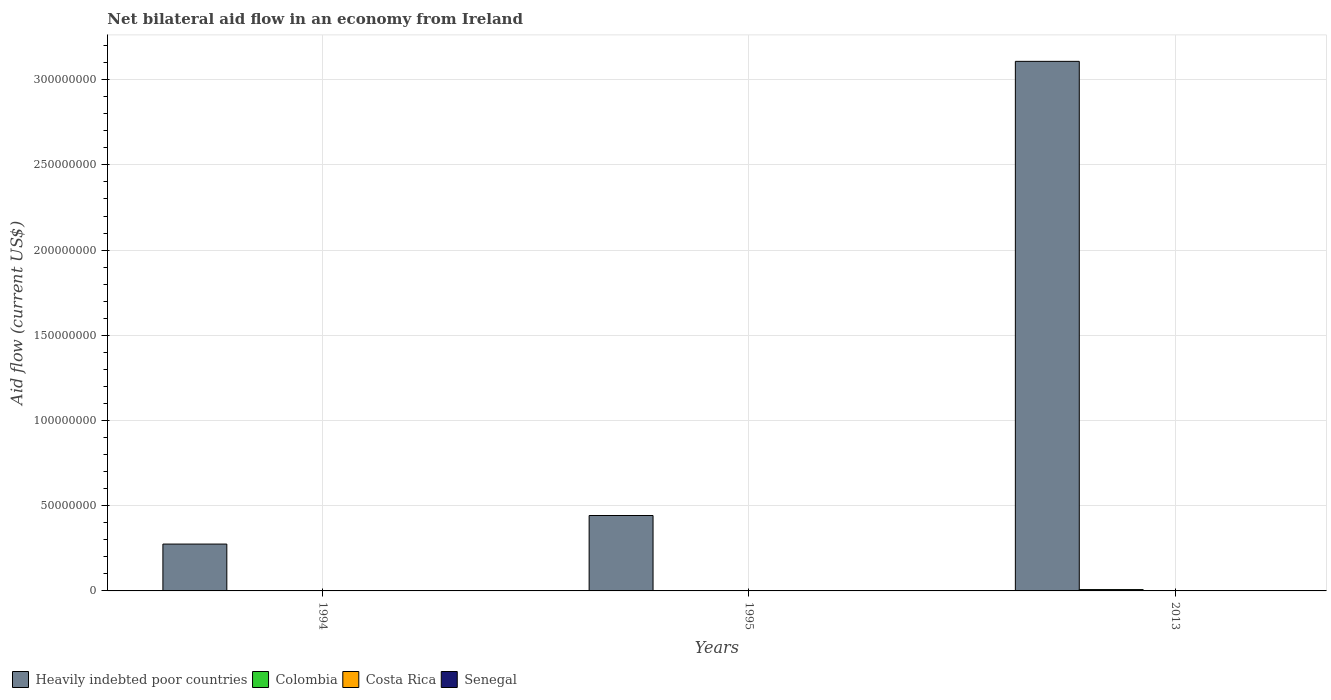
| Years | Heavily indebted poor countries | Colombia | Costa Rica | Senegal |
 | --- | --- | --- | --- | --- |
 | 1994 | 2.75e+07 | 2e+04 | 3e+04 | 2e+04 |
 | 1995 | 4.42e+07 | 2e+04 | 4e+04 | 3e+04 |
 | 2013 | 3.11e+08 | 7.8e+05 | 3e+04 | 1.7e+05 |